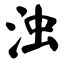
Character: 浊